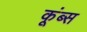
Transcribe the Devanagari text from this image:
कूंब्स